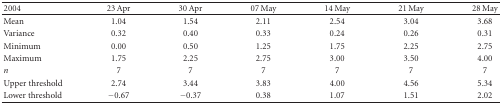
| 2004 | 23 Apr | 30 Apr | 07 May | 14 May | 21 May | 28 May |
 | --- | --- | --- | --- | --- | --- | --- |
 | Mean | 1.04 | 1.54 | 2.11 | 2.54 | 3.04 | 3.68 |
 | Variance | 0.32 | 0.40 | 0.33 | 0.24 | 0.26 | 0.31 |
 | Minimum | 0.00 | 0.50 | 1.25 | 1.75 | 2.25 | 2.75 |
 | Maximum | 1.75 | 2.25 | 2.75 | 3.00 | 3.50 | 4.00 |
 | n | 7 | 7 | 7 | 7 | 7 | 7 |
 | Upper threshold | 2.74 | 3.44 | 3.83 | 4.00 | 4.56 | 5.34 |
 | Lower threshold | −0.67 | −0.37 | 0.38 | 1.07 | 1.51 | 2.02 |